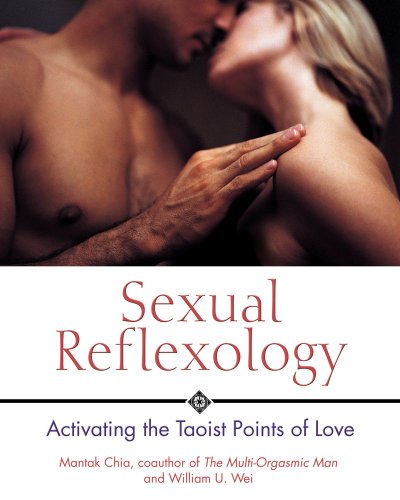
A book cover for Sexual Reflexology: Activating the Taoist Points of Love; Mantak Chia; Health, Fitness & Dieting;